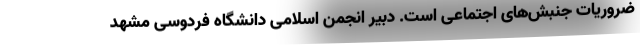
ضروریات جنبش‌های اجتماعی است. دبیر انجمن اسلامی دانشگاه فردوسی مشهد